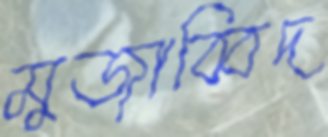
মুজাব্বিদ